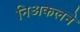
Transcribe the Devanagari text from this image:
निअकलने